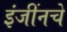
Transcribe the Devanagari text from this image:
इंजींनचे